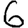
Digit: 6